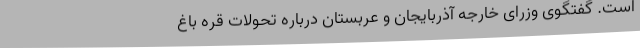
است. گفتگوی وزرای خارجه آذربایجان و عربستان درباره تحولات قره باغ